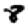
Digit: 8